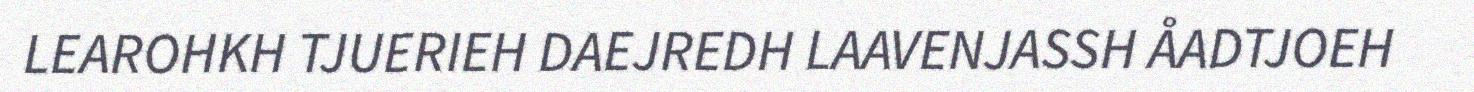
LEAROHKH TJUERIEH DAEJREDH LAAVENJASSH ÅADTJOEH